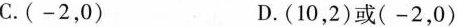
C.(-2，0) D.(10，2)或(-2，0)